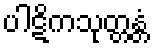
ပါဋိကသုတ္တန္တံ